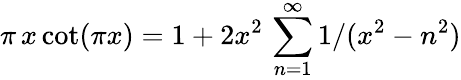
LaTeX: \pi\, x\cot(\pi x)=1+2x^{2}\, \sum_{n=1}^{\infty}1/(x^{2}-n^{2})